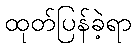
ထုတ်ပြန်ခဲ့ရာ